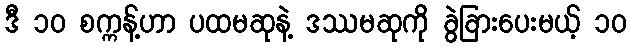
ဒီ ၁၀ စက္ကန့်ဟာ ပထမဆုနဲ့ ဒဿမဆုကို ခွဲခြားပေးမယ့် ၁၀